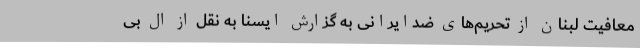
معافیت لبنان از تحریم‌های ضدایرانی به گزارش ایسنا به نقل از ال بی